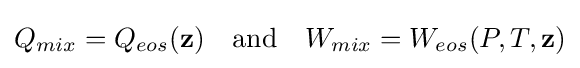
Q_{mix}=Q_{eos}(\mathbf {z} )\quad {\text{and}}\quad W_{mix}=W_{eos}(P,T,\mathbf {z} )